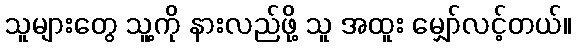
သူများတွေ သူ့ကို နားလည်ဖို့ သူ အထူး မျှော်လင့်တယ်။